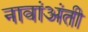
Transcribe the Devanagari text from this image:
नावांअंती